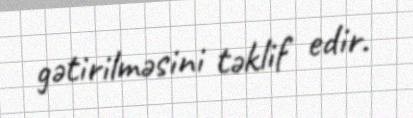
gətirilməsini təklif edir.